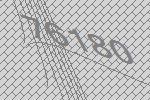
76180